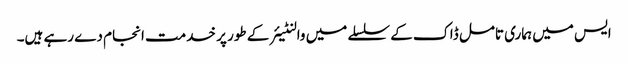
ایس میں ہماری تامل ڈاک کے سلسلے میں والنٹیئر کے طور پر خدمت انجام دے رہے ہیں۔